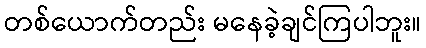
တစ်ယောက်တည်း မနေခဲ့ချင်ကြပါဘူး။